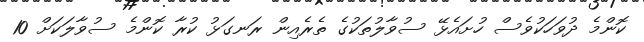
ކޮންމެ ދުވަހަކުވެސް ހުށައެޅޭ ސުވާލުތަކުގެ ތެރެއިން ރަނގަޅު ކުރާ ކޮންމެ ސުވާލަކަށް 10